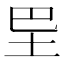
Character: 𡉷